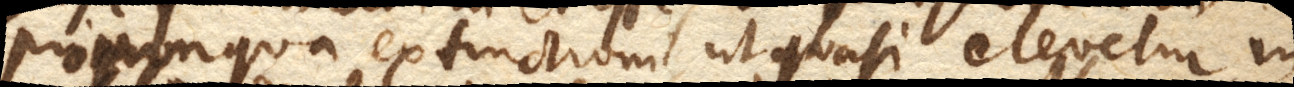
propinqua extinctioni, ut quasi elevetur in